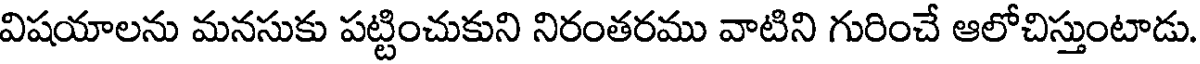
విషయాలను మనసుకు పట్టించుకుని నిరంతరము వాటిని గురించే ఆలోచిస్తుంటాడు